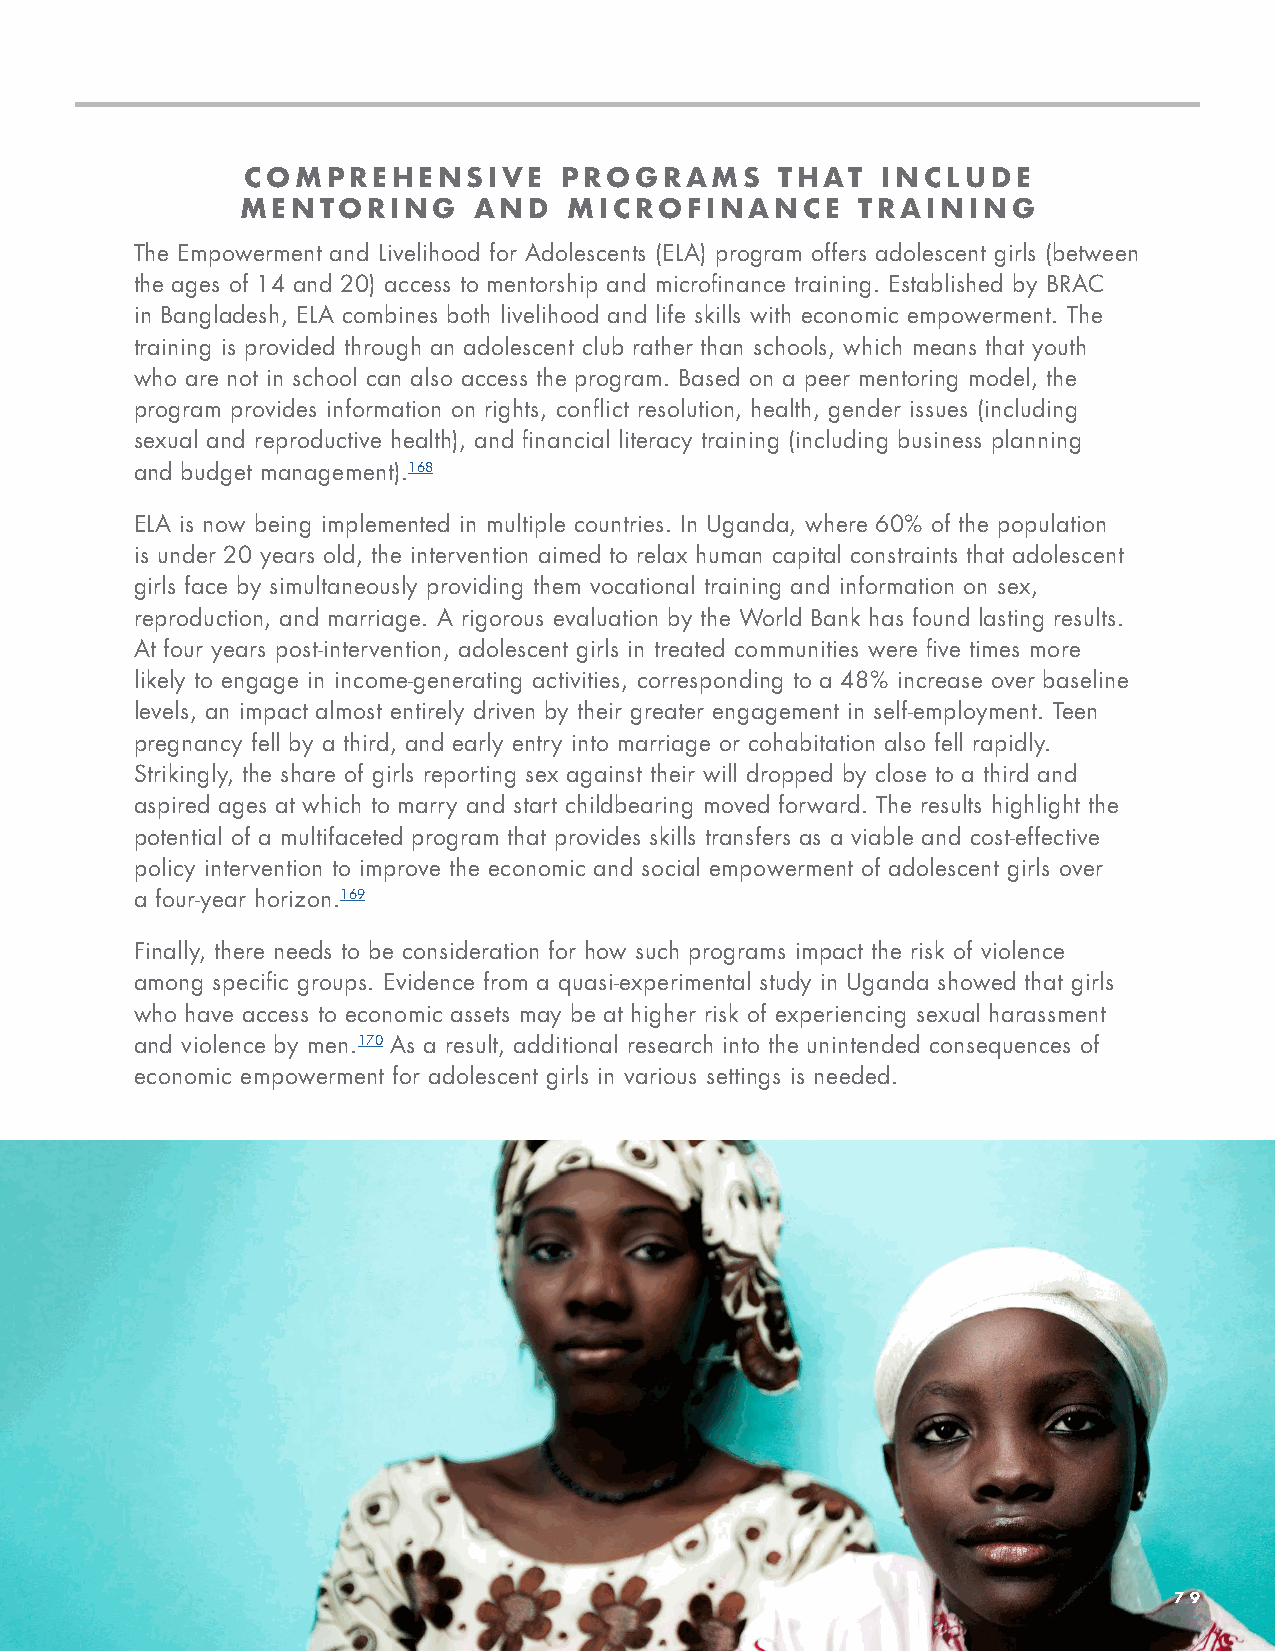
COMPREHENSIVE        PROGRAMS       THAT  INCLUDE
 MENTORING      AND    MICROFINANCE       TRAINING
 The Empowerment and Livelihood for Adolescents (ELA) program offers adolescent girls (between
 the ages of 14 and 20) access to mentorship and microfinance training. Established by BRAC
 in Bangladesh, ELA combines both livelihood and life skills with economic empowerment. The
 training is provided through an adolescent club rather than schools, which means that youth
 who are not in school can also access the program. Based on a peer mentoring model, the
 program provides information on rights, conflict resolution, health, gender issues (including
 sexual and reproductive health), and financial literacy training (including business planning
 and budget management).168
 ELA is now being implemented in multiple countries. In Uganda, where 60% of the population
 is under 20 years old, the intervention aimed to relax human capital constraints that adolescent
 girls face by simultaneously providing them vocational training and information on sex,
 reproduction, and marriage. A rigorous evaluation by the World Bank has found lasting results.
 At four years post-intervention, adolescent girls in treated communities were five times more
 likely to engage in income-generating activities, corresponding to a 48% increase over baseline
 levels, an impact almost entirely driven by their greater engagement in self-employment. Teen
 pregnancy fell by a third, and early entry into marriage or cohabitation also fell rapidly.
 Strikingly, the share of girls reporting sex against their will dropped by close to a third and
 aspired ages at which to marry and start childbearing moved forward. The results highlight the
 potential of a multifaceted program that provides skills transfers as a viable and cost-effective
 policy intervention to improve the economic and social empowerment of adolescent girls over
 a four-year horizon.169
 Finally, there needs to be consideration for how such programs impact the risk of violence
 among specific groups. Evidence from a quasi-experimental study in Uganda showed that girls
 who have access to economic assets may be at higher risk of experiencing sexual harassment
 and violence by men.170 As a result, additional research into the unintended consequences of
 economic empowerment for adolescent girls in various settings is needed.
 79